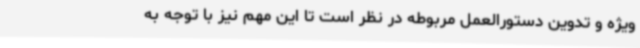
ویژه و تدوین دستورالعمل مربوطه در نظر است تا این مهم نیز با توجه به